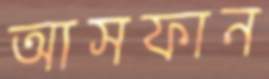
আসফান